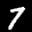
Label: 7